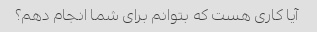
آیا کاری هست که بتوانم برای شما انجام دهم؟